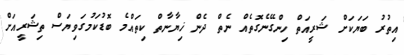
އިތުރު ބަޔަކަށް ޝަރީއަތް ހިންގޭނެގޮތެއް ނެތް ދެން ޚިޔާނާތް ކިތައްމެ ބޮޑުކަމުގަވިޔަސް ތިޝަރީއަށް